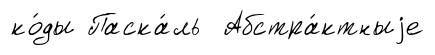
ко́ды Паска́ль Абстра́ктныjе